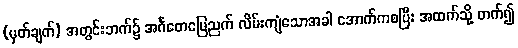
(မှတ်ချက်) အတွင်းဘက်၌ အင်္ဂတေမြေညက် လိမ်းကျံသောအခါ အောက်ကစပြီး အထက်သို့ တက်၍